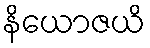
နိယောဇယိ